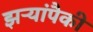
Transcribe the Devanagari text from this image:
झऱ्यांपैकी